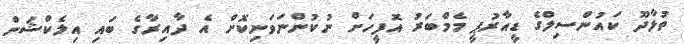
ތުޅާދޫ ކައުންސިލްގެ ޑީއާރުޕީ މެމްބަރު އޮފީހަށް ނުކުންނަވަނިކޮށް އެ ދާއިރާގެ ބައި އިލެކްޝަން